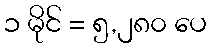
၁ မိုင် = ၅,၂၈၀ ပေ